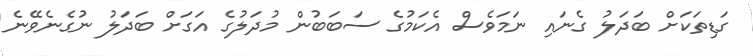
ގަޑިތަކަށް ބަދަލު ގެނައި ނަމަވެސް އެކަމުގެ ސަބަބުން މުދަލުގެ އަގަށް ބަދަލު ނުގެނެވޭނެ